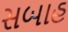
સબાહ